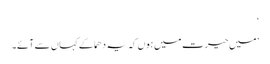
‘
’میں حیرت میں ہوں کہ یہ دھماکے کہاں سے آئے۔